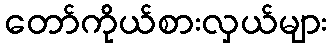
တော်ကိုယ်စားလှယ်များ